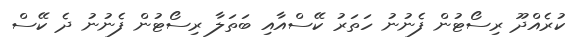
ކުރެއްދޫ ރިސޯޓުން ފެނުނު ހަތަރު ކޭސްއާއި ބަތަލާ ރިސޯޓުން ފެނުނު ދެ ކޭސް